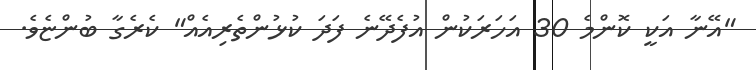
"އޭނާ އަކީ ކޮންމެ 30 އަހަރަކުން އުފެދޭނެ ފަދަ ކުޅުންތެރިއެއް" ކެރެގާ ބުންޏެވެ.